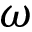
\omega